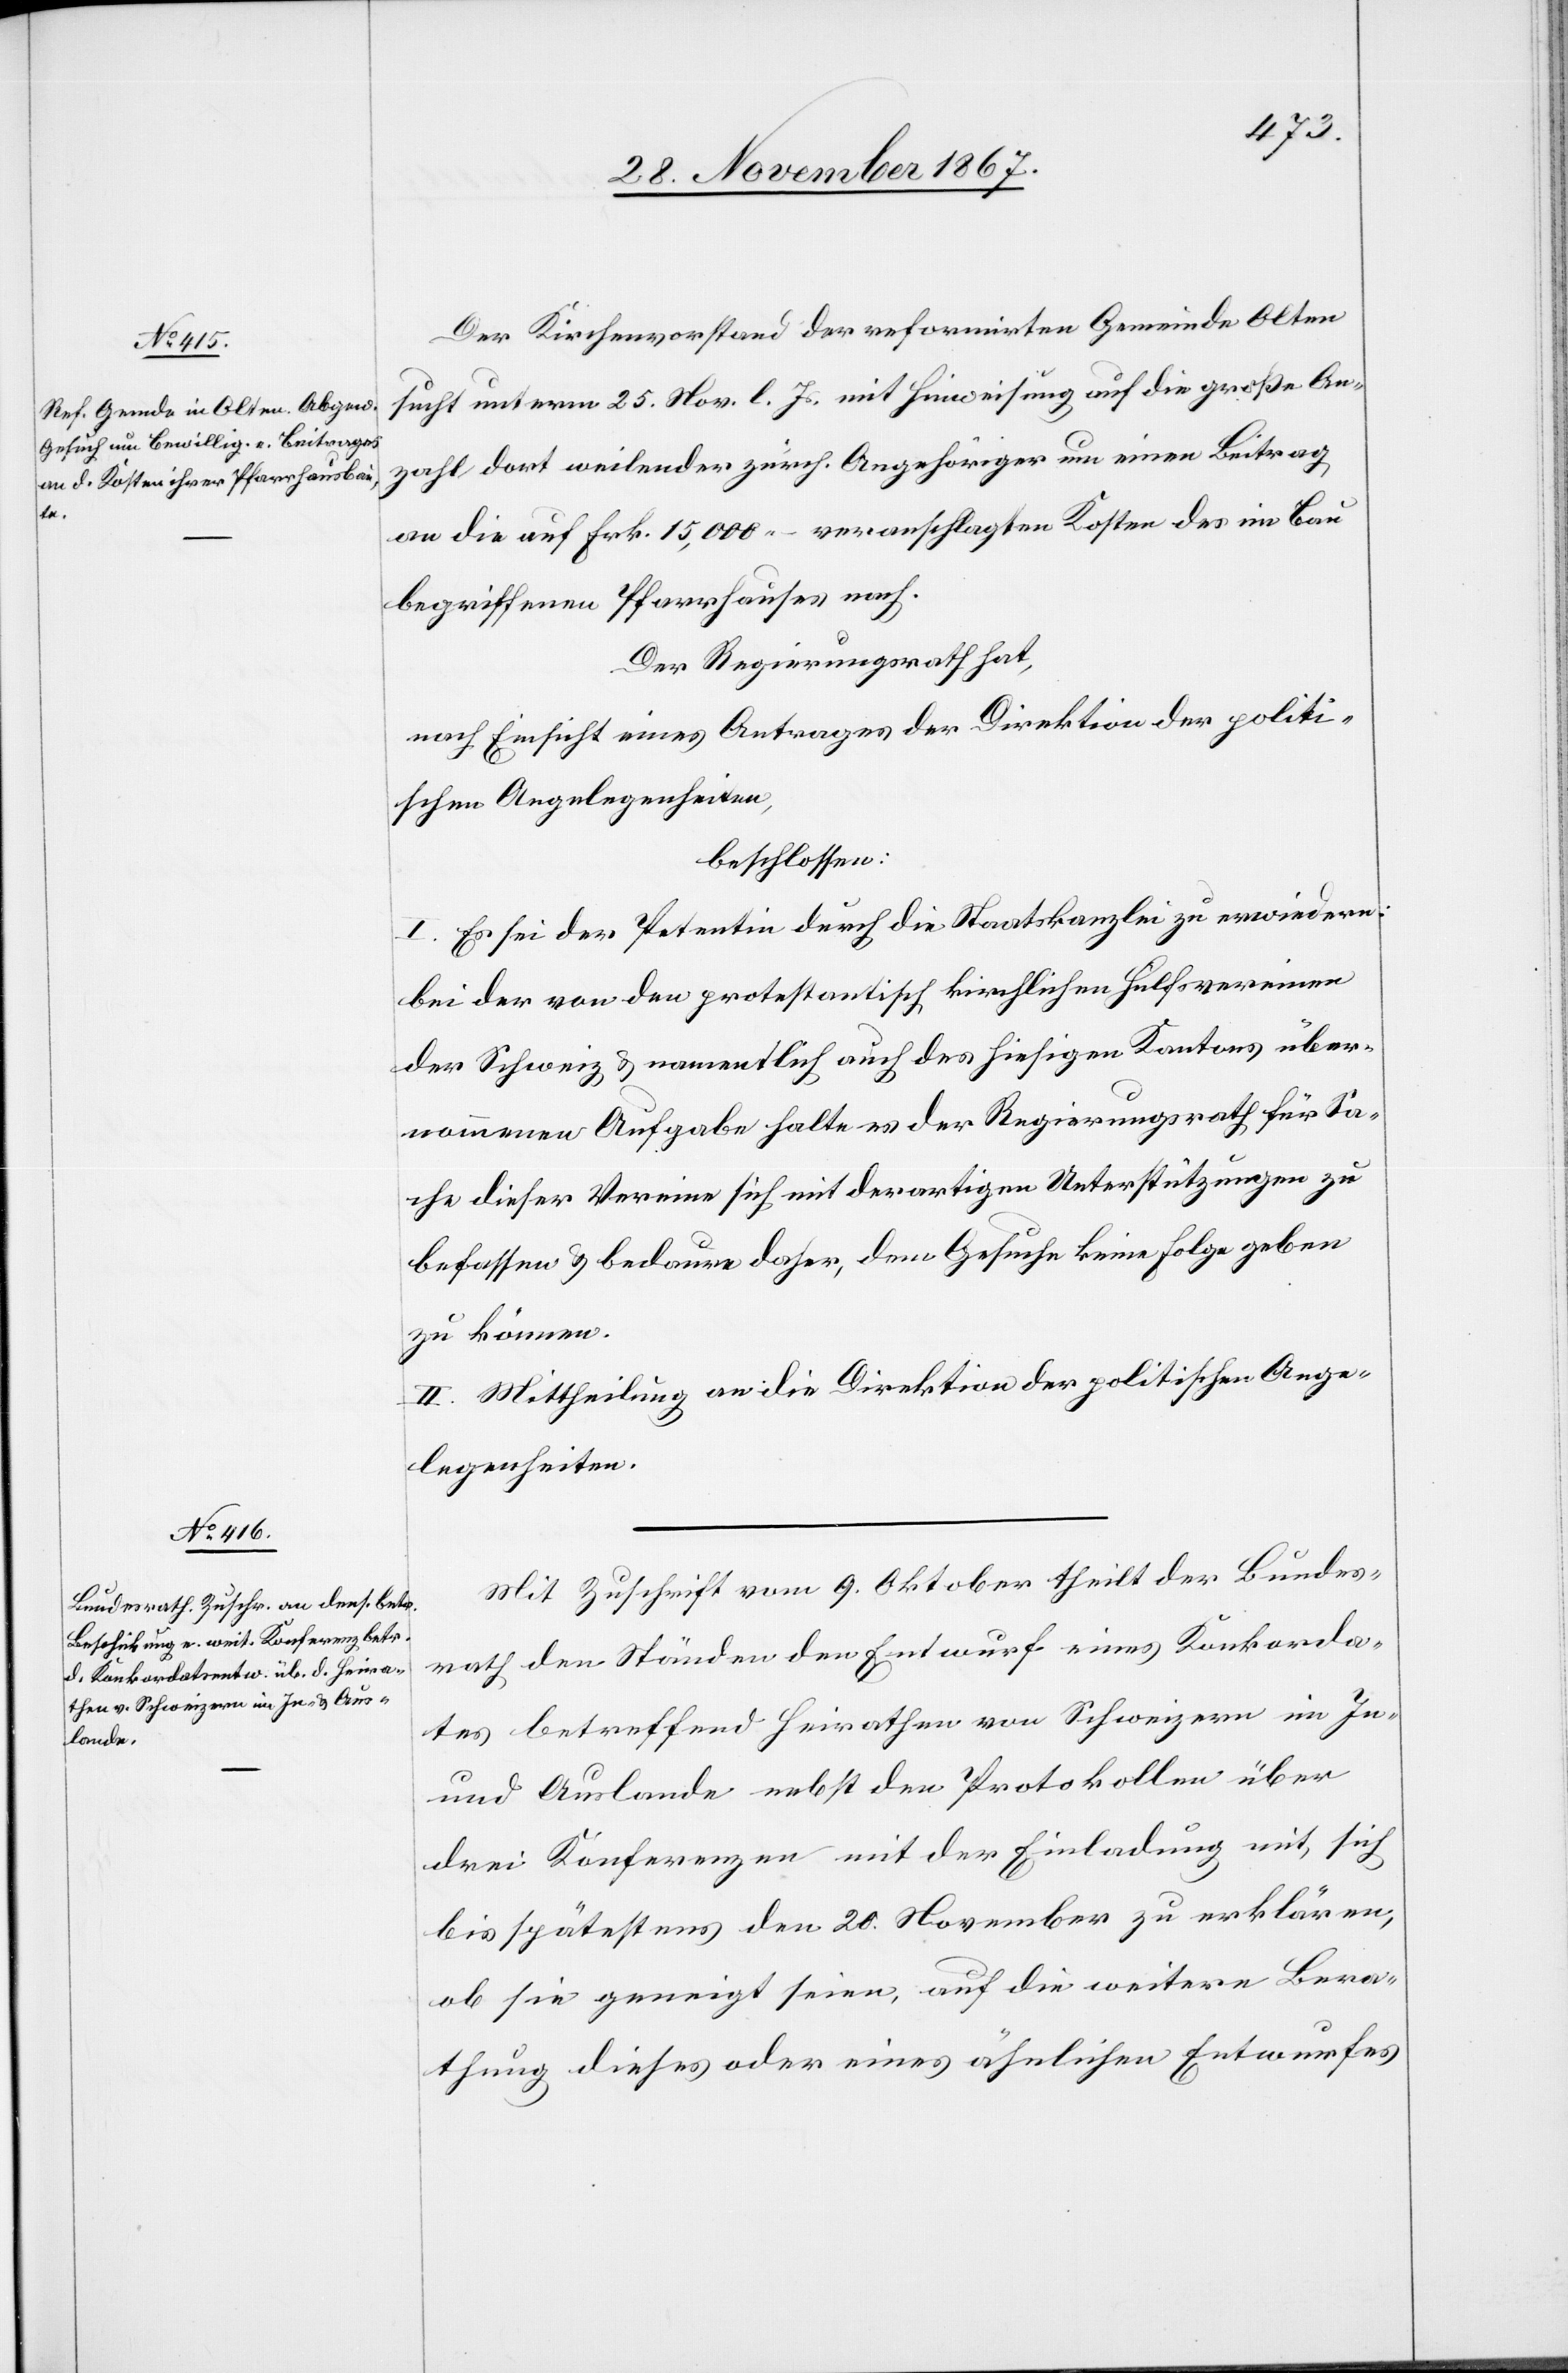
Der Kirchenvorstand der reformirten Gemeinde Olten
sucht unterm 25. Nov. l. Js. mit Hinweisung auf die große An¬
zahl dort weilender zürch. Angehöriger um einen Beitrag
an die auf Frk. 15 000.– veranschlagten Kosten des im Bau
begriffenen Pfarrhauses nach.
Der Regierungsrath hat
nach Einsicht eines Antrages der Direktion der politi¬
schen Angelegenheiten,
beschlossen:
I. Es sei der Petentin durch die Staatskanzlei zu erwiedern:
bei der von den protestantischen kirchlichen Hülfsvereinen
der Schweiz u. namentlich auch des hiesigen Kantons über¬
nommenen Aufgabe halte es der Regierungsrath für Sa¬
che dieser Vereine sich mit derartigen Unterstützungen zu
befassen u. bedaure daher, dem Gesuch keine Folge geben
zu können.
II. Mittheilung an die Direktion der politischen Ange¬
legenheiten.
Mit Zuschrift vom 9. Oktober theilt der Bundes¬
rath den Ständen den Entwurf eines Konkorda¬
tes betreffend Heirathen von Schweizern im In-
und Auslande nebst den Protokollen über
drei Konferenzen mit der Einladung mit, sich
bis spätestens den 20. November zu erklären,
ob sie geneigt seien, auf die weitere Bera¬
thung dieses oder eines ähnlichen Entwurfes